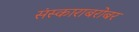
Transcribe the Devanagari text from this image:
संस्काराबरोबर